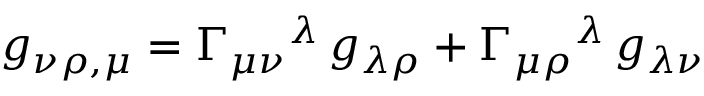
g _ { \nu \rho , \mu } = \Gamma _ { \mu \nu } { } ^ { \lambda } \, g _ { \lambda \rho } + \Gamma _ { \mu \rho } { } ^ { \lambda } \, g _ { \lambda \nu }